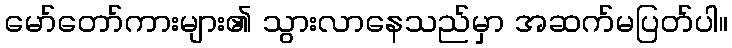
မော်တော်ကားများ၏ သွားလာနေသည်မှာ အဆက်မပြတ်ပါ။